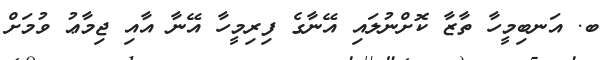
ބ. އަނބިމީހާ ތާޒާ ކޮށްނުލައި އޭނާގެ ފިރިމީހާ އޭނާ އާއި ޖިމާޢު ވުމަށް